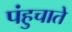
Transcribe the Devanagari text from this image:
पंहुचाते